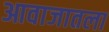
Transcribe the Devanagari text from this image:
आवाजातला